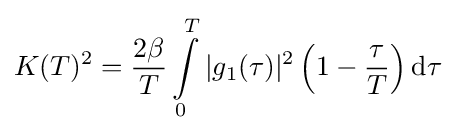
K(T)^{2}={\frac {2\beta }{T}}\int \limits _{0}^{T}|g_{1}(\tau )|^{2}\left(1-{\frac {\tau }{T}}\right)\mathrm {d} \tau